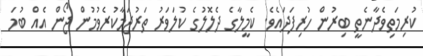
ކުރިމަތިވެދާނެތީ ބިރުން ހުރިފަދައެވެ. ކެމީލާގެ ދެލޮލުގެ ކުލަވަރު ތަރުޖަމާކުރެވުމުން ޖޯން އެއް ބުމަ